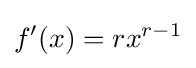
f'(x)=rx^{r-1}